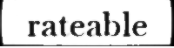
rateable